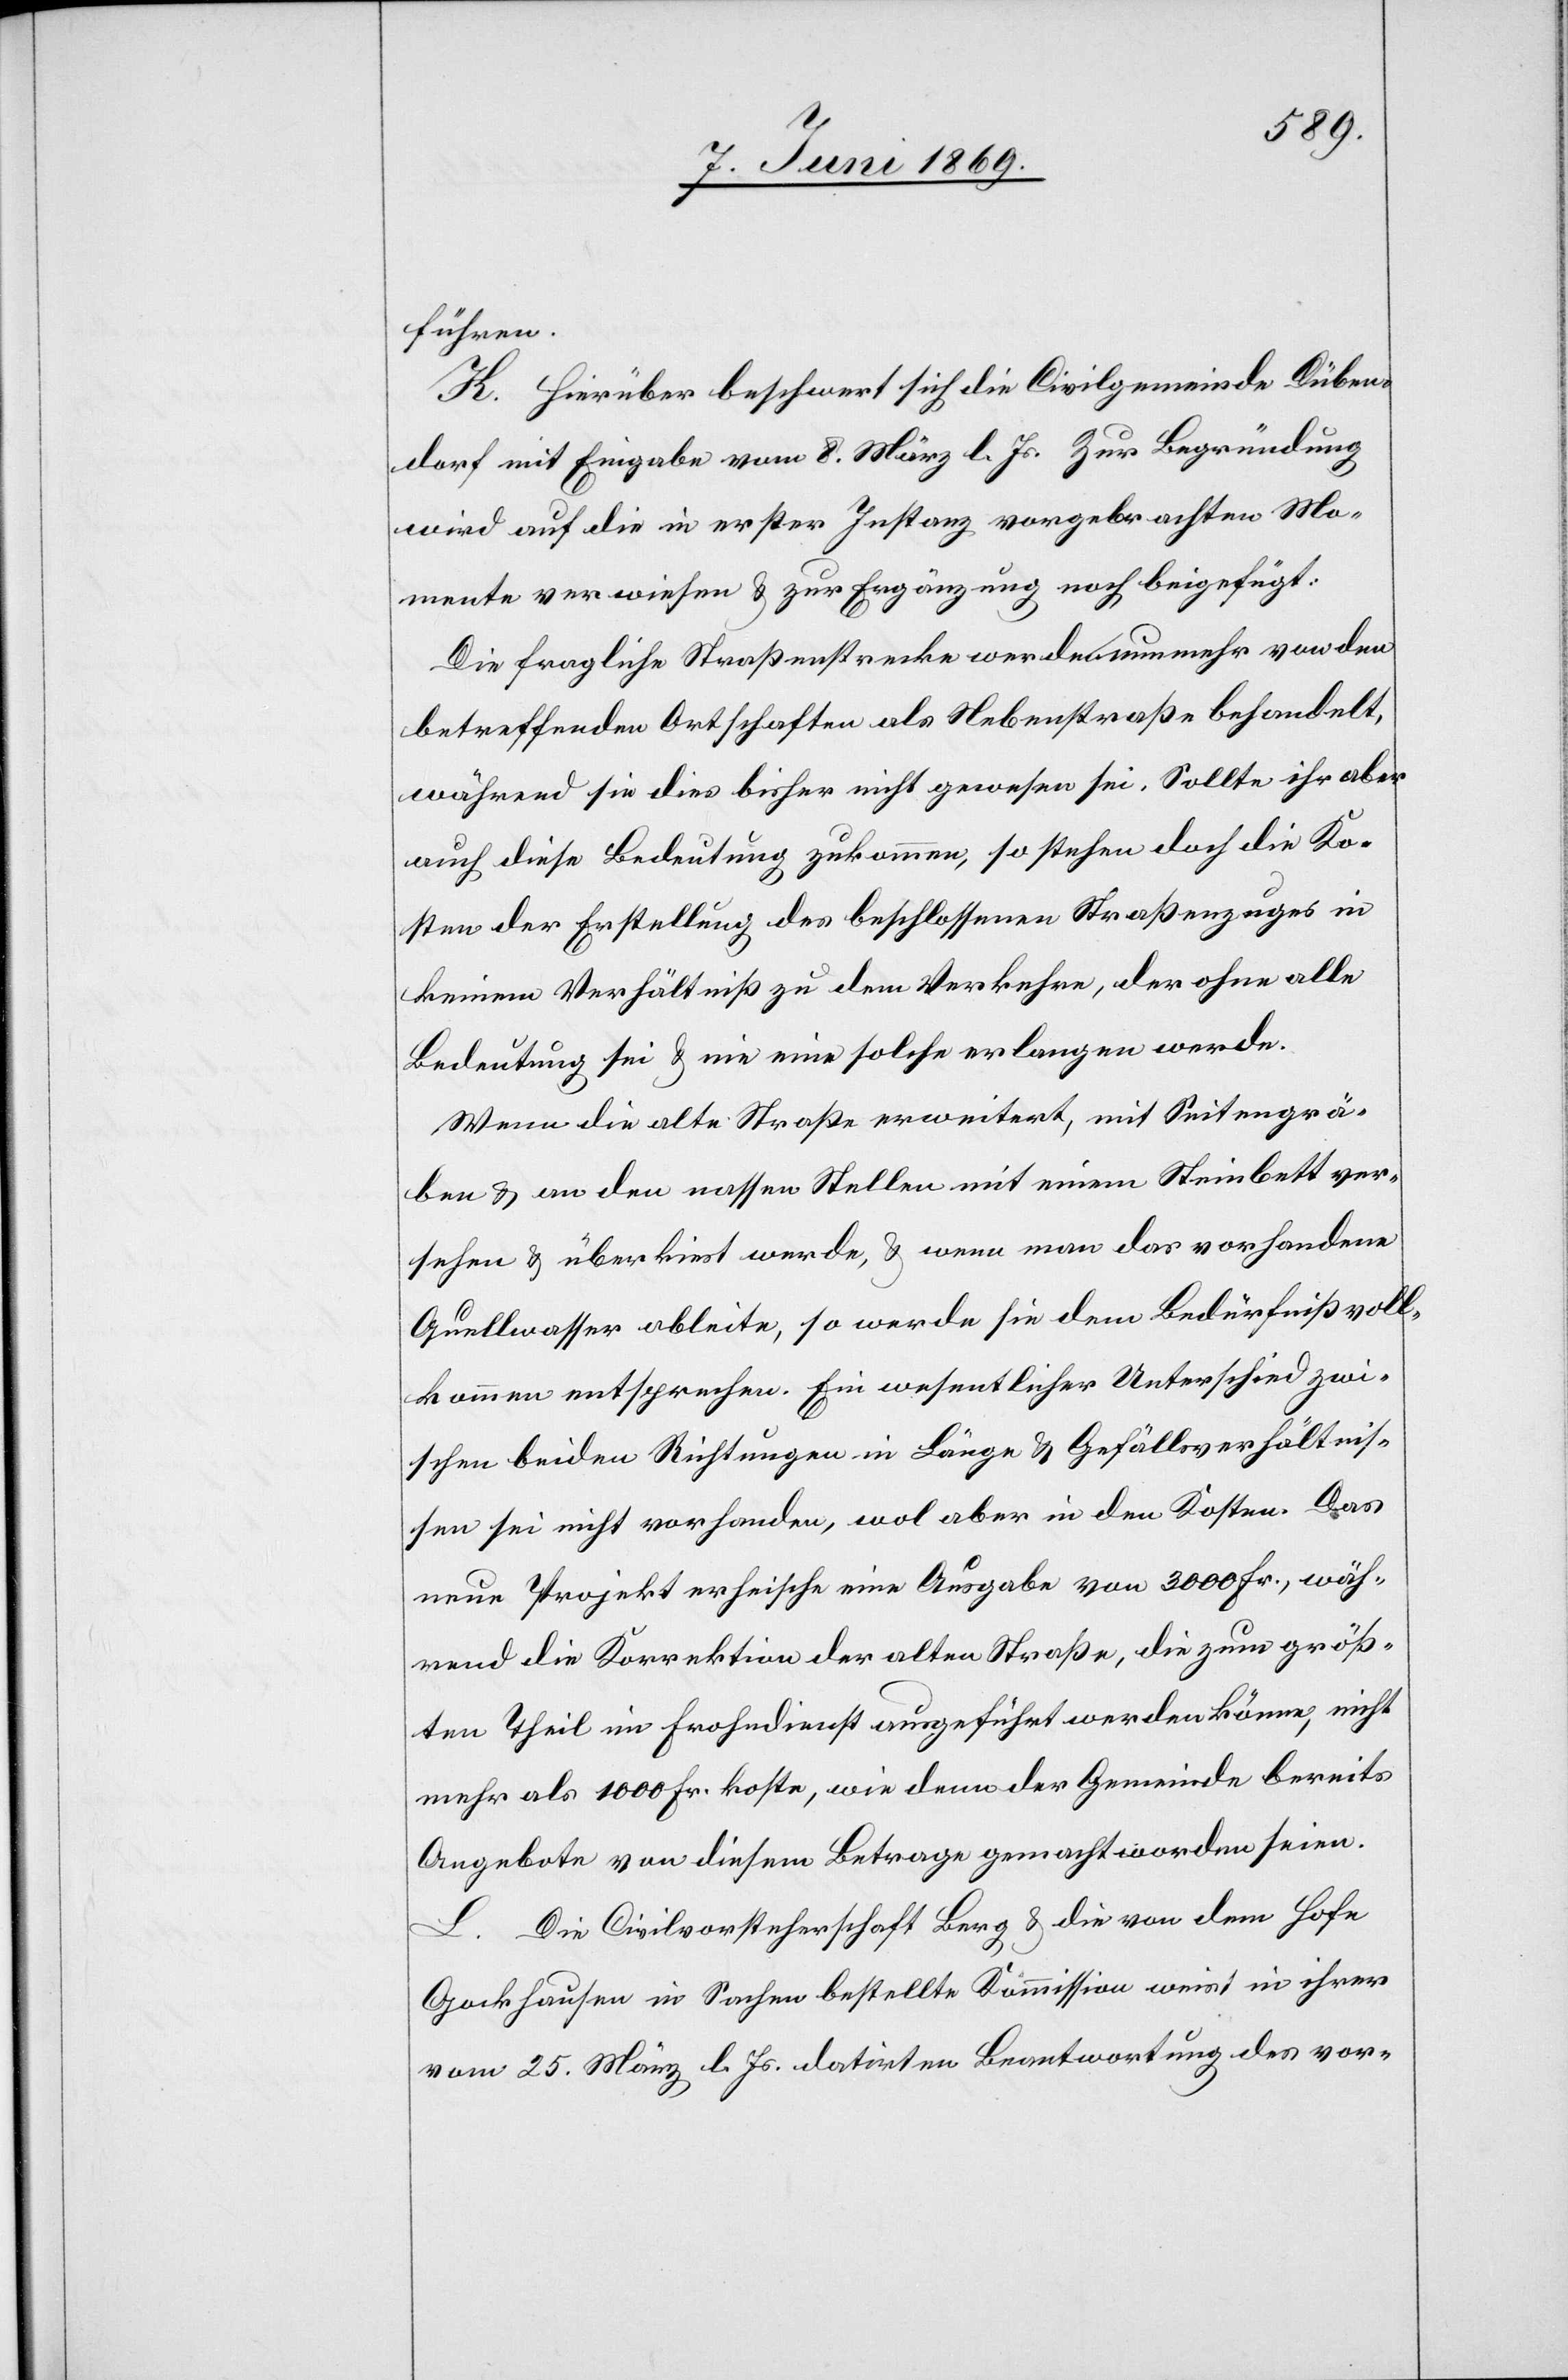
führen.
H. Hierüber beschwert sich die Civilgemeinde Düben¬
dorf mit Eingabe vom 8 März l. Js. Zur Begründung
wird auf die in erster Instanz vorgebrachten Mo¬
mente verwiesen u. zur Ergänzung noch beigefügt:
Die fragliche Straßenstrecke werde nunmehr von den
betreffenden Ortschaften als Nebenstraße behandelt,
während sie dies bisher nicht gewesen sei. Sollte ihr aber
auch diese Bedeutung zukommen, so stehen doch die Ko¬
sten der Erstellung des beschlossenen Straßenzuges in
keinem Verhältniß zu dem Verkehre, der ohne alle
Bedeutung sei u. nie eine solche erlangen werde.
Wenn die alte Straße erweitert, mit Seitengrä¬
ben u. an den nassen Stellen mit einem Steinbett ver¬
sehen u. überkiest werde, u. wenn man das vorhandene
Quellwasser ableite, so werde sie dem Bedürfniß voll¬
kommen entsprechen. Ein wesentlicher Unterschied zwi¬
schen beiden Richtungen in Länge u. Gefällsverhältnis¬
sen sei nicht vorhanden, wol aber in den Kosten. Das
neue Projekt erheische eine Ausgabe von 3000 Fr., wäh¬
rend die Korrektion der alten Straße, die zum größ¬
ten Theil im Frohndienst ausgeführt werden könne, nicht
mehr als 1000 Fr. koste, wie denn der Gemeinde bereits
Angebote von diesem Betrage gemacht worden seien.
L. Die Civilvorsteherschaft Berg u. die von dem Hofe
Gockhausen in Sachen bestellte Kommission weist in ihrer
am 25 März l. Js. datirten Beantwortung des vor-